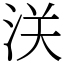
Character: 浂